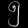
Digit: ၅